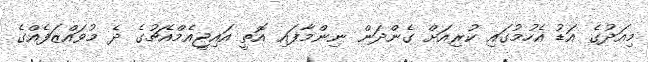
މިއަދުގެ އަޑު އެހުމުގައި ކުރިއަށް ގެންދަން ނިންމާފައި އޮތީ އައިޖީއެމްއެޗުގެ ދެ މުވައްޒަފެއްގެ